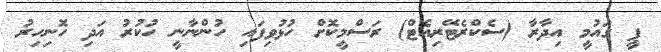
ޕީ ގައުމީ އިދާރާ (ސެކްރެޓޭރިއެޓް) ރަސްމީކޮށް ހުޅުވިފައި ހުންނާނީ ހުކުރު އަދި ހޮނިހިރު